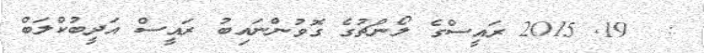
:  19